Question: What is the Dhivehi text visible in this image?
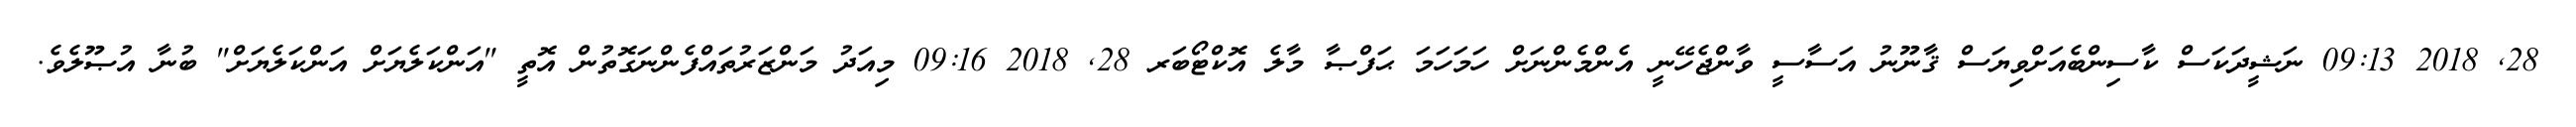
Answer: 28, 2018 09:13 ނަޝީދަކަސް ކާސިންބެއަށްވިޔަސް ޤާނޫނު އަސާސީ ވާންޖެހޭނީ އެންމެންނަށް ހަމަހަމަ ޙަފްޞާ މާލެ އޮކްޓޯބަރ 28, 2018 09:16 މިއަދު މަންޒަރުތައްފެންނަގޮތުން އޮތީ "އަންކަލެޔަށް އަންކަލެޔަށް" ބުނާ އުޞޫލެވެ.